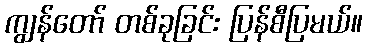
ကျွန်တော် တစ်ခုခြင်း ပြန်စီပြမယ်။